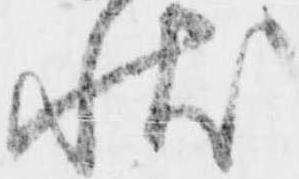
状